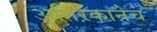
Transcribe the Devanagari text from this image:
अतिरेकानेच